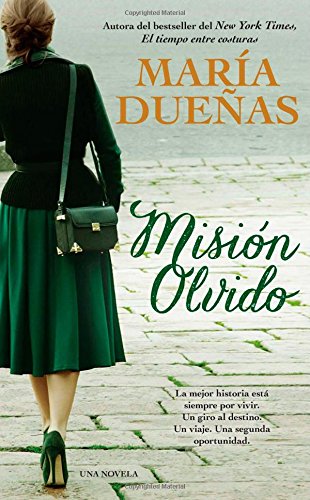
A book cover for Mision olvido (The Heart Has Its Reasons Spanish Edition): Una novela; Maria Duenas; Literature & Fiction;